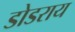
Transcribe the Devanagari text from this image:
डोडराय